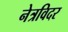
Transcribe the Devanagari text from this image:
नेत्रविदर